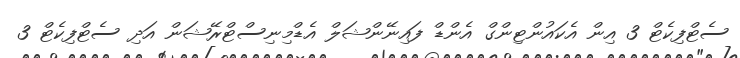
ސެޓްފިކެޓް 3 އިން އެކައުންޓިންގް އެންޑް ފައިނޭންޝަލް އެޑްމިނިސްޓްރޭޝަން އަދި ސެޓްފިކެޓް 3